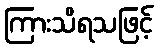
ကြားသိရသဖြင့်